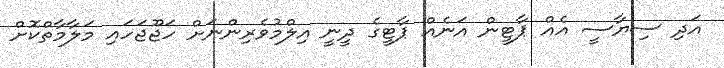
އަދި ސިޔާސީ އެއް ޕާޓީން އަނެއް ޕާޓީގެ ދީނީ އިލްމުވެރިންނަށް ހަޖޫޖަހައި މަލާމާތްކޮށް